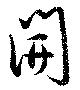
開